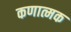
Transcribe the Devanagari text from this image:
कणात्मक